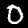
Label: 0